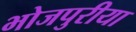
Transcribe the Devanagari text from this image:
भोजपुरीया